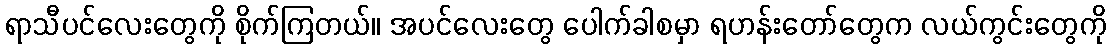
ရာသီပင်လေးတွေကို စိုက်ကြတယ်။ အပင်လေးတွေ ပေါက်ခါစမှာ ရဟန်းတော်တွေက လယ်ကွင်းတွေကို